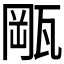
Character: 𤭛